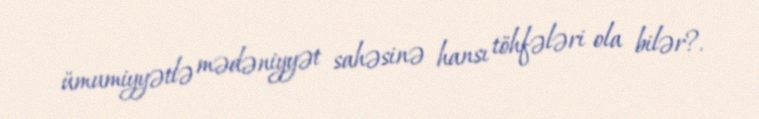
ümumiyyətlə mədəniyyət sahəsinə hansı töhfələri ola bilər?.